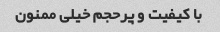
با کیفیت و پرحجم خیلی ممنون